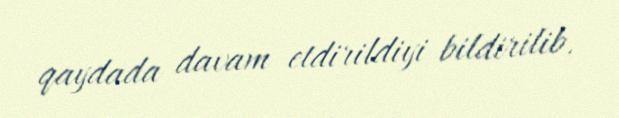
qaydada davam etdirildiyi bildirilib.